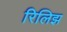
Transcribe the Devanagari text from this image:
रिलिझ